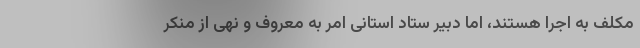
مکلف به اجرا هستند، اما دبیر ستاد استانی امر به معروف و نهی از منکر